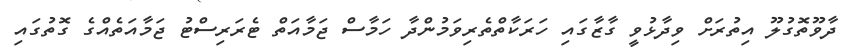
ދާވޫތޮގުލޫ އިތުރަށް ވިދާޅުވީ ގާޒާގައި ހަރަކާތްތެރިވަމުންދާ ހަމާސް ޖަމާއަތް ޓެރަރިސްޓު ޖަމާއަތެއްގެ ގޮތުގައި